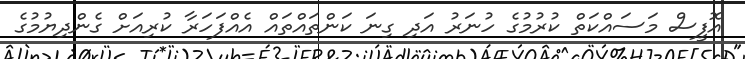
އޮފީސް މަސައްކަތް ކުރުމުގެ ހުނަރު އަދި ގިނަ ކަންތައްތައް އެއްފަހަރާ ކުރިއަށް ގެންދިޔުމުގެ